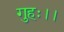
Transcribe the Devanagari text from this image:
गुहः।।